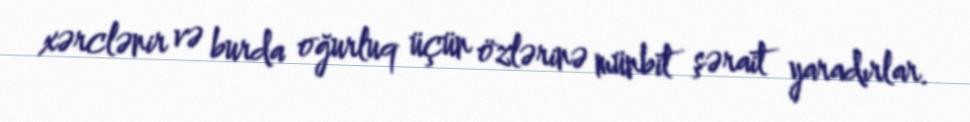
xərclənir və burda oğurluq üçün özlərinə münbit şərait yaradırlar.